Leaving Certificate, 1898
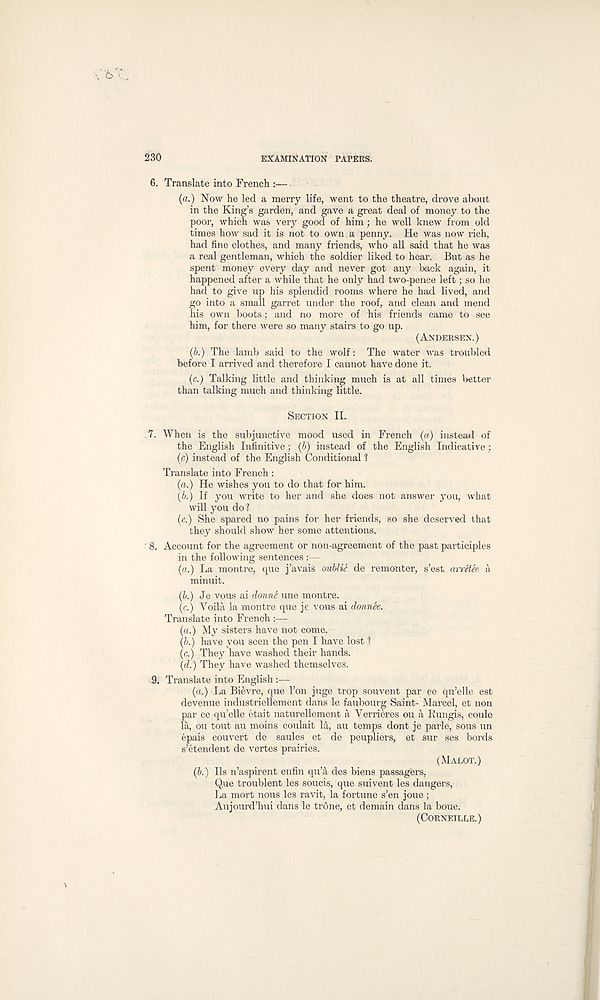
230
EXAMINATION PAPERS.
6. Translate into French :—
(a.) Now he led a merry life, went to the theatre, drove about
in the King’s garden, and gave a great deal of money to the
poor, which was very good of him; he well knew from old
times how sad it is not to own a penny. He was now rich,
had fine clothes, and many friends, who all said that he was
a real gentleman, which the soldier liked to hear. But as he
spent money every day and never got any back again, it
happened after a while that he only had two-pence left; so he
had to give up his splendid rooms where he had lived, and
go into a small garret under the roof, and clean and mend
his own boots ; and no more of his friends came to see
him, for there were so many stairs to go up.
(ANDERSEN.)
(b.) The lamb said to the wolf: The water was troubled
before I arrived and therefore I cannot have done it.
(c.) Talking little and thinking much is at all times better
than talking much and thinking little.
SECTION II.
.7. When is the subjunctive mood used in French (a) instead of
the English Infinitive; (b) instead of the English Indicative ;
(c) instead of the English Conditional ?
Translate into French:
(a.) He wishes you to do that for him.
(b.) If you write to her and she does not answer you, what
will you do?
(r.) She spared no pains for her friends, so she deserved that
they should show her some attentions.
' 8. Account for the agreement or non-agreement of the past participles
in the following sentences :—
(a.) La montre, que j’avais oublie de remonter, s’est mretee a
minuit.
(b.) Je vous ai donne une montre.
(c.) Voila la montre que je vous ai dmnee.
Translate into French :—
(a.) My sisters have not come.
(b.) have you seen the pen I have lost ?
(c.) They have washed their hands.
(d.) They have washed themselves.
9. Translate into English :—
(cs.) La Bievre, que Ton juge trop souvent par ce qu’elle est
devenue industriellement dans le faubourg Saint- Marcel, et non
par ce qu’elle etait naturellement a Yerrieres ou a Bungis, coule
la, ou tout au moins coulait U, au temps dont je parle, sous un
epais couvert de saules et de peupliers, et sur ses bords
s’etendent de vertes prairies.
(MALOT.)
(b.) Ils n’aspirent enfin quA des biens passagers,
Que troublent les soucis, que suivent les dangers,
La mort nous les ravit, la fortune s’en joue ;
Aujourd’hui dans le trone, et domain dans la boue.
(CORNEILLE.)